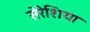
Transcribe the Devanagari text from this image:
सेरेशिया